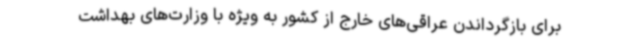
برای بازگرداندن عراقی‌های خارج از کشور به ویژه با وزارت‌های بهداشت